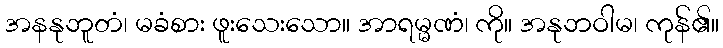
အနနုဘူတံ၊ မခံစား ဖူးသေးသော။ အာရမ္မဏံ၊ ကို။ အနုဘဝါမ၊ ကုန်၏။